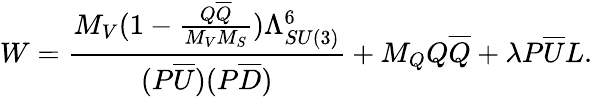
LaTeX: W=\frac{M_{V}(1-\frac{Q\overline{{{Q}}}}{M_{V}M_{S}})\Lambda_{SU(3)}^{6}}{(P\overline{{{U}}})(P\overline{{{D}}})}+M_{Q}Q\overline{{{Q}}}+\lambda P\overline{{{U}}}L.